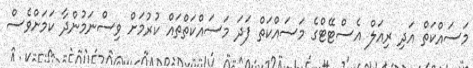
މަސައްކަތް އަދި ރިއަލް އެސްޓޭޓްގެ މަސައްކަތް ފަދަ މަސައްކަތްތައް ކުރުމަށް ވިސްނަމުންދާ ކަމަށްވެސް